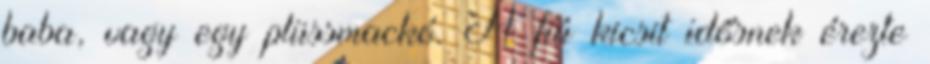
baba, vagy egy plüssmackó. A fiú kicsit idősnek érezte